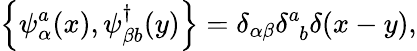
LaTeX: \left\{ \psi_{\alpha}^{a}(x),\psi_{\beta b}^{\dagger}(y)\right\} =\delta_{\alpha\beta}\delta_{\phantom{a}b}^{a}\delta(x-y),